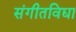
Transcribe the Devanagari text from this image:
संगीतविद्या